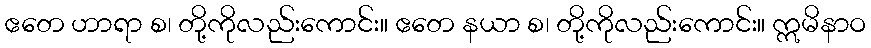
ဧတေ ဟာရာ စ၊ တို့ကိုလည်းကောင်း။ ဧတေ နယာ စ၊ တို့ကိုလည်းကောင်း။ ဣမိနာဝ